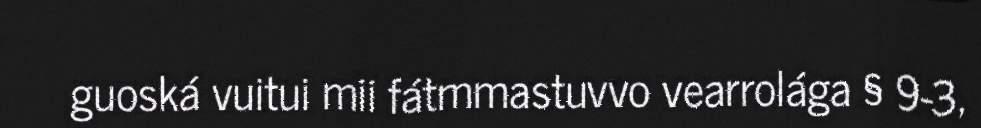
guoská vuitui mii fátmmastuvvo vearrolága § 9-3,